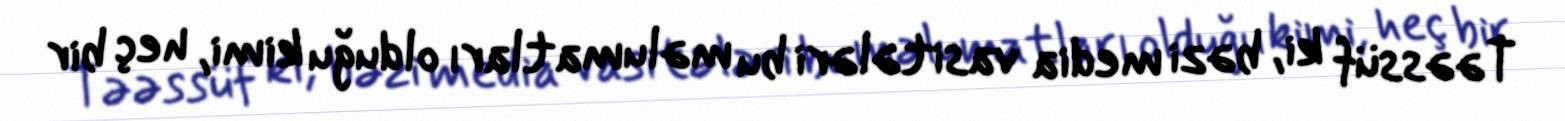
Təəssüf ki, bəzi media vasitələri bu məlumatları olduğu kimi, heç bir